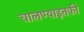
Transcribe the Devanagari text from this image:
चालण्याइतकी